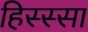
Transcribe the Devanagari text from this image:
हिस्स्सा